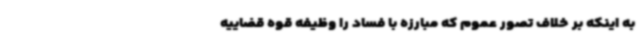
به اینکه بر خلاف تصور عموم که مبارزه با فساد را وظیفه قوه قضاییه